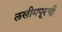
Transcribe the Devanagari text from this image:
लखीमपूरची